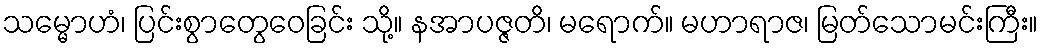
သမ္မောဟံ၊ ပြင်းစွာတွေဝေခြင်း သို့။ နအာပဇ္ဇတိ၊ မရောက်။ မဟာရာဇ၊ မြတ်သောမင်းကြီး။